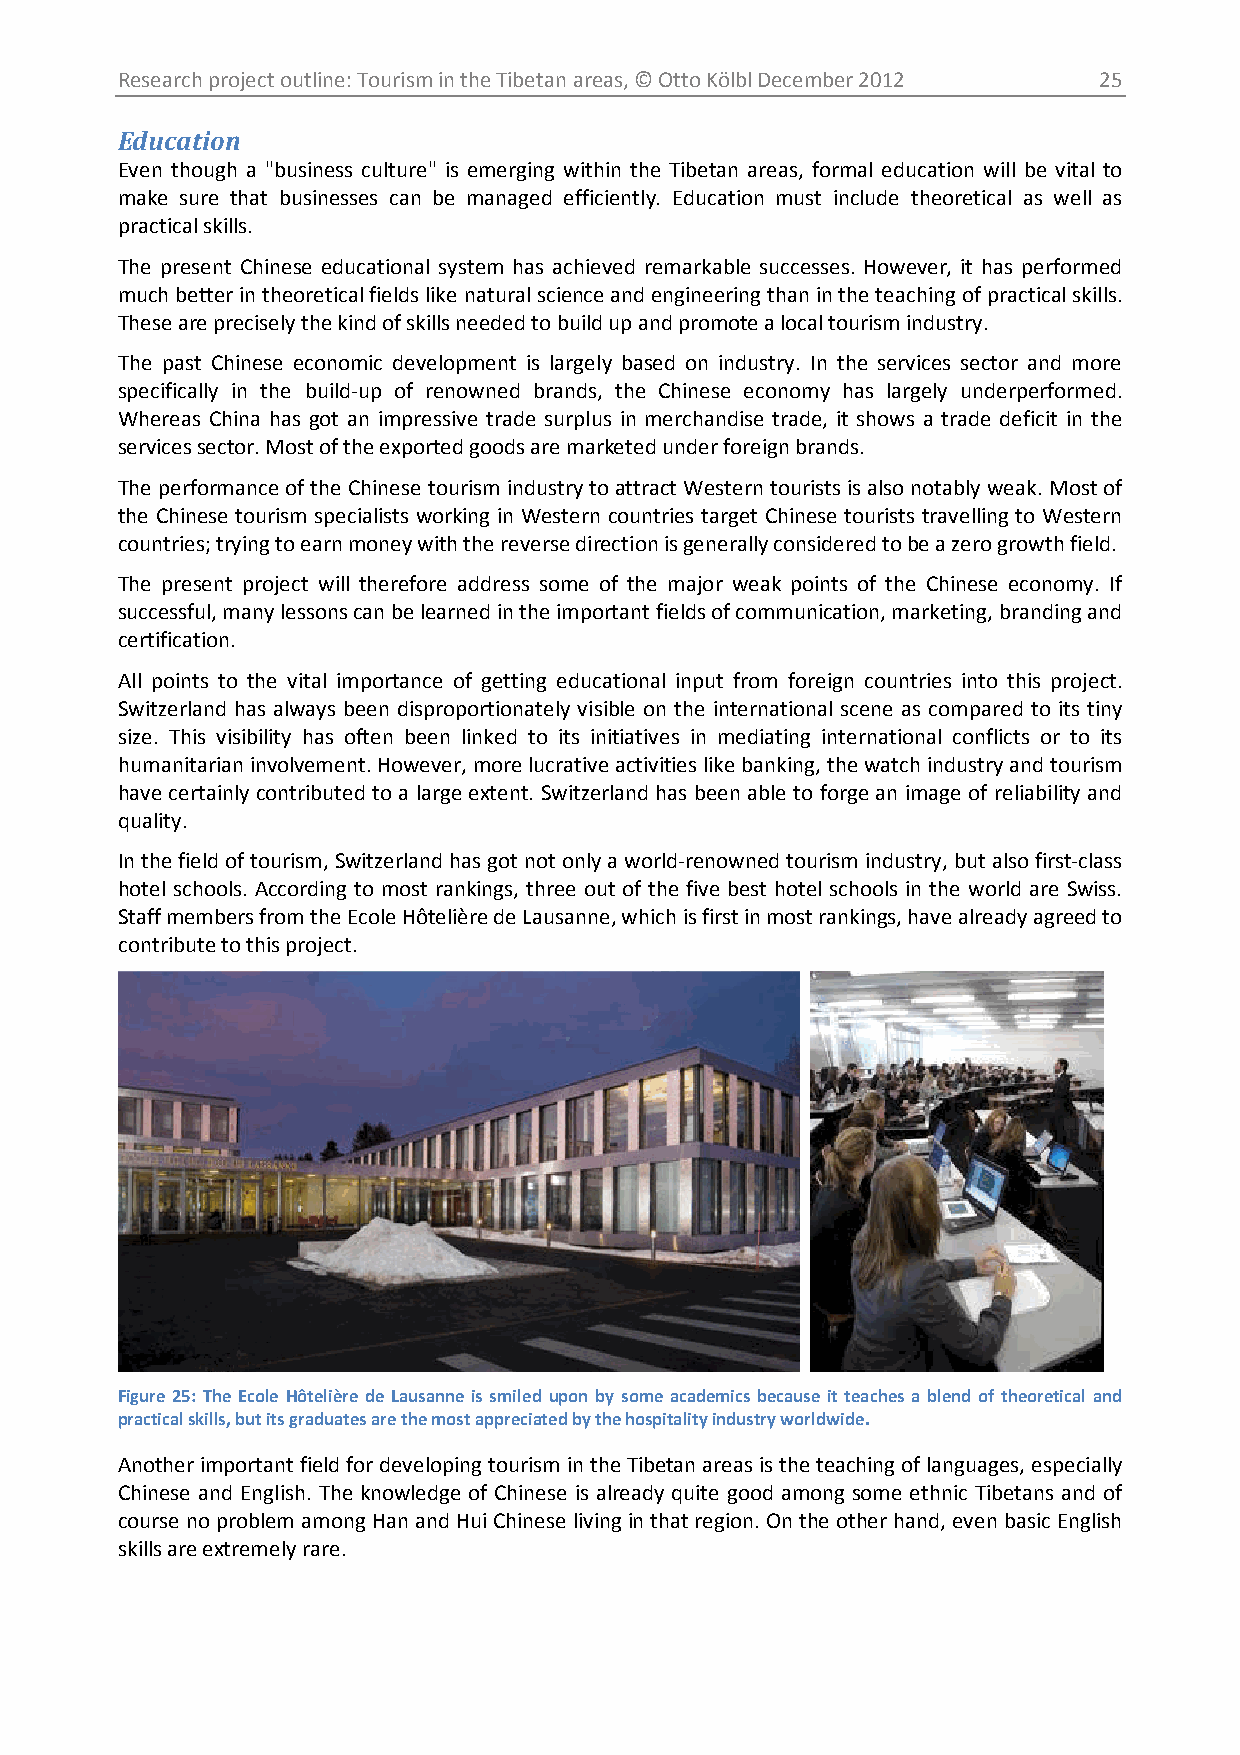
Research project outline: Tourism in the Tibetan areas, © Otto Kölbl December 2012 25
 Education
 Even though a "business culture" is emerging within the Tibetan areas, formal education will be vital to
 make sure that businesses can be managed efficiently. Education must include theoretical as well as
 practical skills.
 The present Chinese educational system has achieved remarkable successes. However, it has performed
 much better in theoretical fields like natural science and engineering than in the teaching of practical skills.
 These are precisely the kind of skills needed to build up and promote a local tourism industry.
 The past Chinese economic development is largely based on industry. In the services sector and more
 specifically in the build-up of renowned brands, the Chinese economy has largely underperformed.
 Whereas China has got an impressive trade surplus in merchandise trade, it shows a trade deficit in the
 services sector. Most of the exported goods are marketed under foreign brands.
 The performance of the Chinese tourism industry to attract Western tourists is also notably weak. Most of
 the Chinese tourism specialists working in Western countries target Chinese tourists travelling to Western
 countries; trying to earn money with the reverse direction is generally considered to be a zero growth field.
 The present project will therefore address some of the major weak points of the Chinese economy. If
 successful, many lessons can be learned in the important fields of communication, marketing, branding and
 certification.
 All points to the vital importance of getting educational input from foreign countries into this project.
 Switzerland has always been disproportionately visible on the international scene as compared to its tiny
 size. This visibility has often been linked to its initiatives in mediating international conflicts or to its
 humanitarian involvement. However, more lucrative activities like banking, the watch industry and tourism
 have certainly contributed to a large extent. Switzerland has been able to forge an image of reliability and
 quality.
 In the field of tourism, Switzerland has got not only a world-renowned tourism industry, but also first-class
 hotel schools. According to most rankings, three out of the five best hotel schools in the world are Swiss.
 Staff members from the Ecole Hôtelière de Lausanne, which is first in most rankings, have already agreed to
 contribute to this project.
 Figure 25: The Ecole Hôtelière de Lausanne is smiled upon by some academics because it teaches a blend of theoretical and
 practical skills, but its graduates are the most appreciated by the hospitality industry worldwide.
 Another important field for developing tourism in the Tibetan areas is the teaching of languages, especially
 Chinese and English. The knowledge of Chinese is already quite good among some ethnic Tibetans and of
 course no problem among Han and Hui Chinese living in that region. On the other hand, even basic English
 skills are extremely rare.